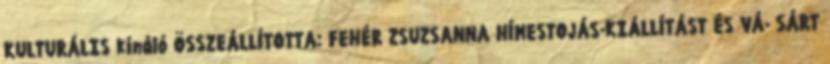
KULTURÁLIS kínáló ÖSSZEÁLLÍTOTTA: FEHÉR ZSUZSANNA HÍMESTOJÁS-KIÁLLÍTÁST ÉS VÁ- SÁRT